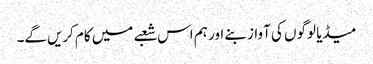
میڈیا لوگوں کی آواز بنے اور ہم اس شعبے میں کام کریں‌گے۔